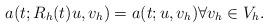
LaTeX: \begin{align*} a(t;R_h(t) u,v_h)=a(t;u,v_h) \forall v_h\in V_h. \end{align*}